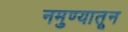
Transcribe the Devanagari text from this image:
नमुण्यातून